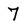
Character: 7